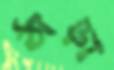
ঠাড়া